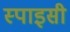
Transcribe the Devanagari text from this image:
स्पाइसी